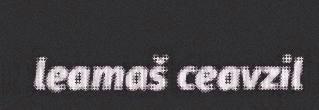
leamaš ceavzil